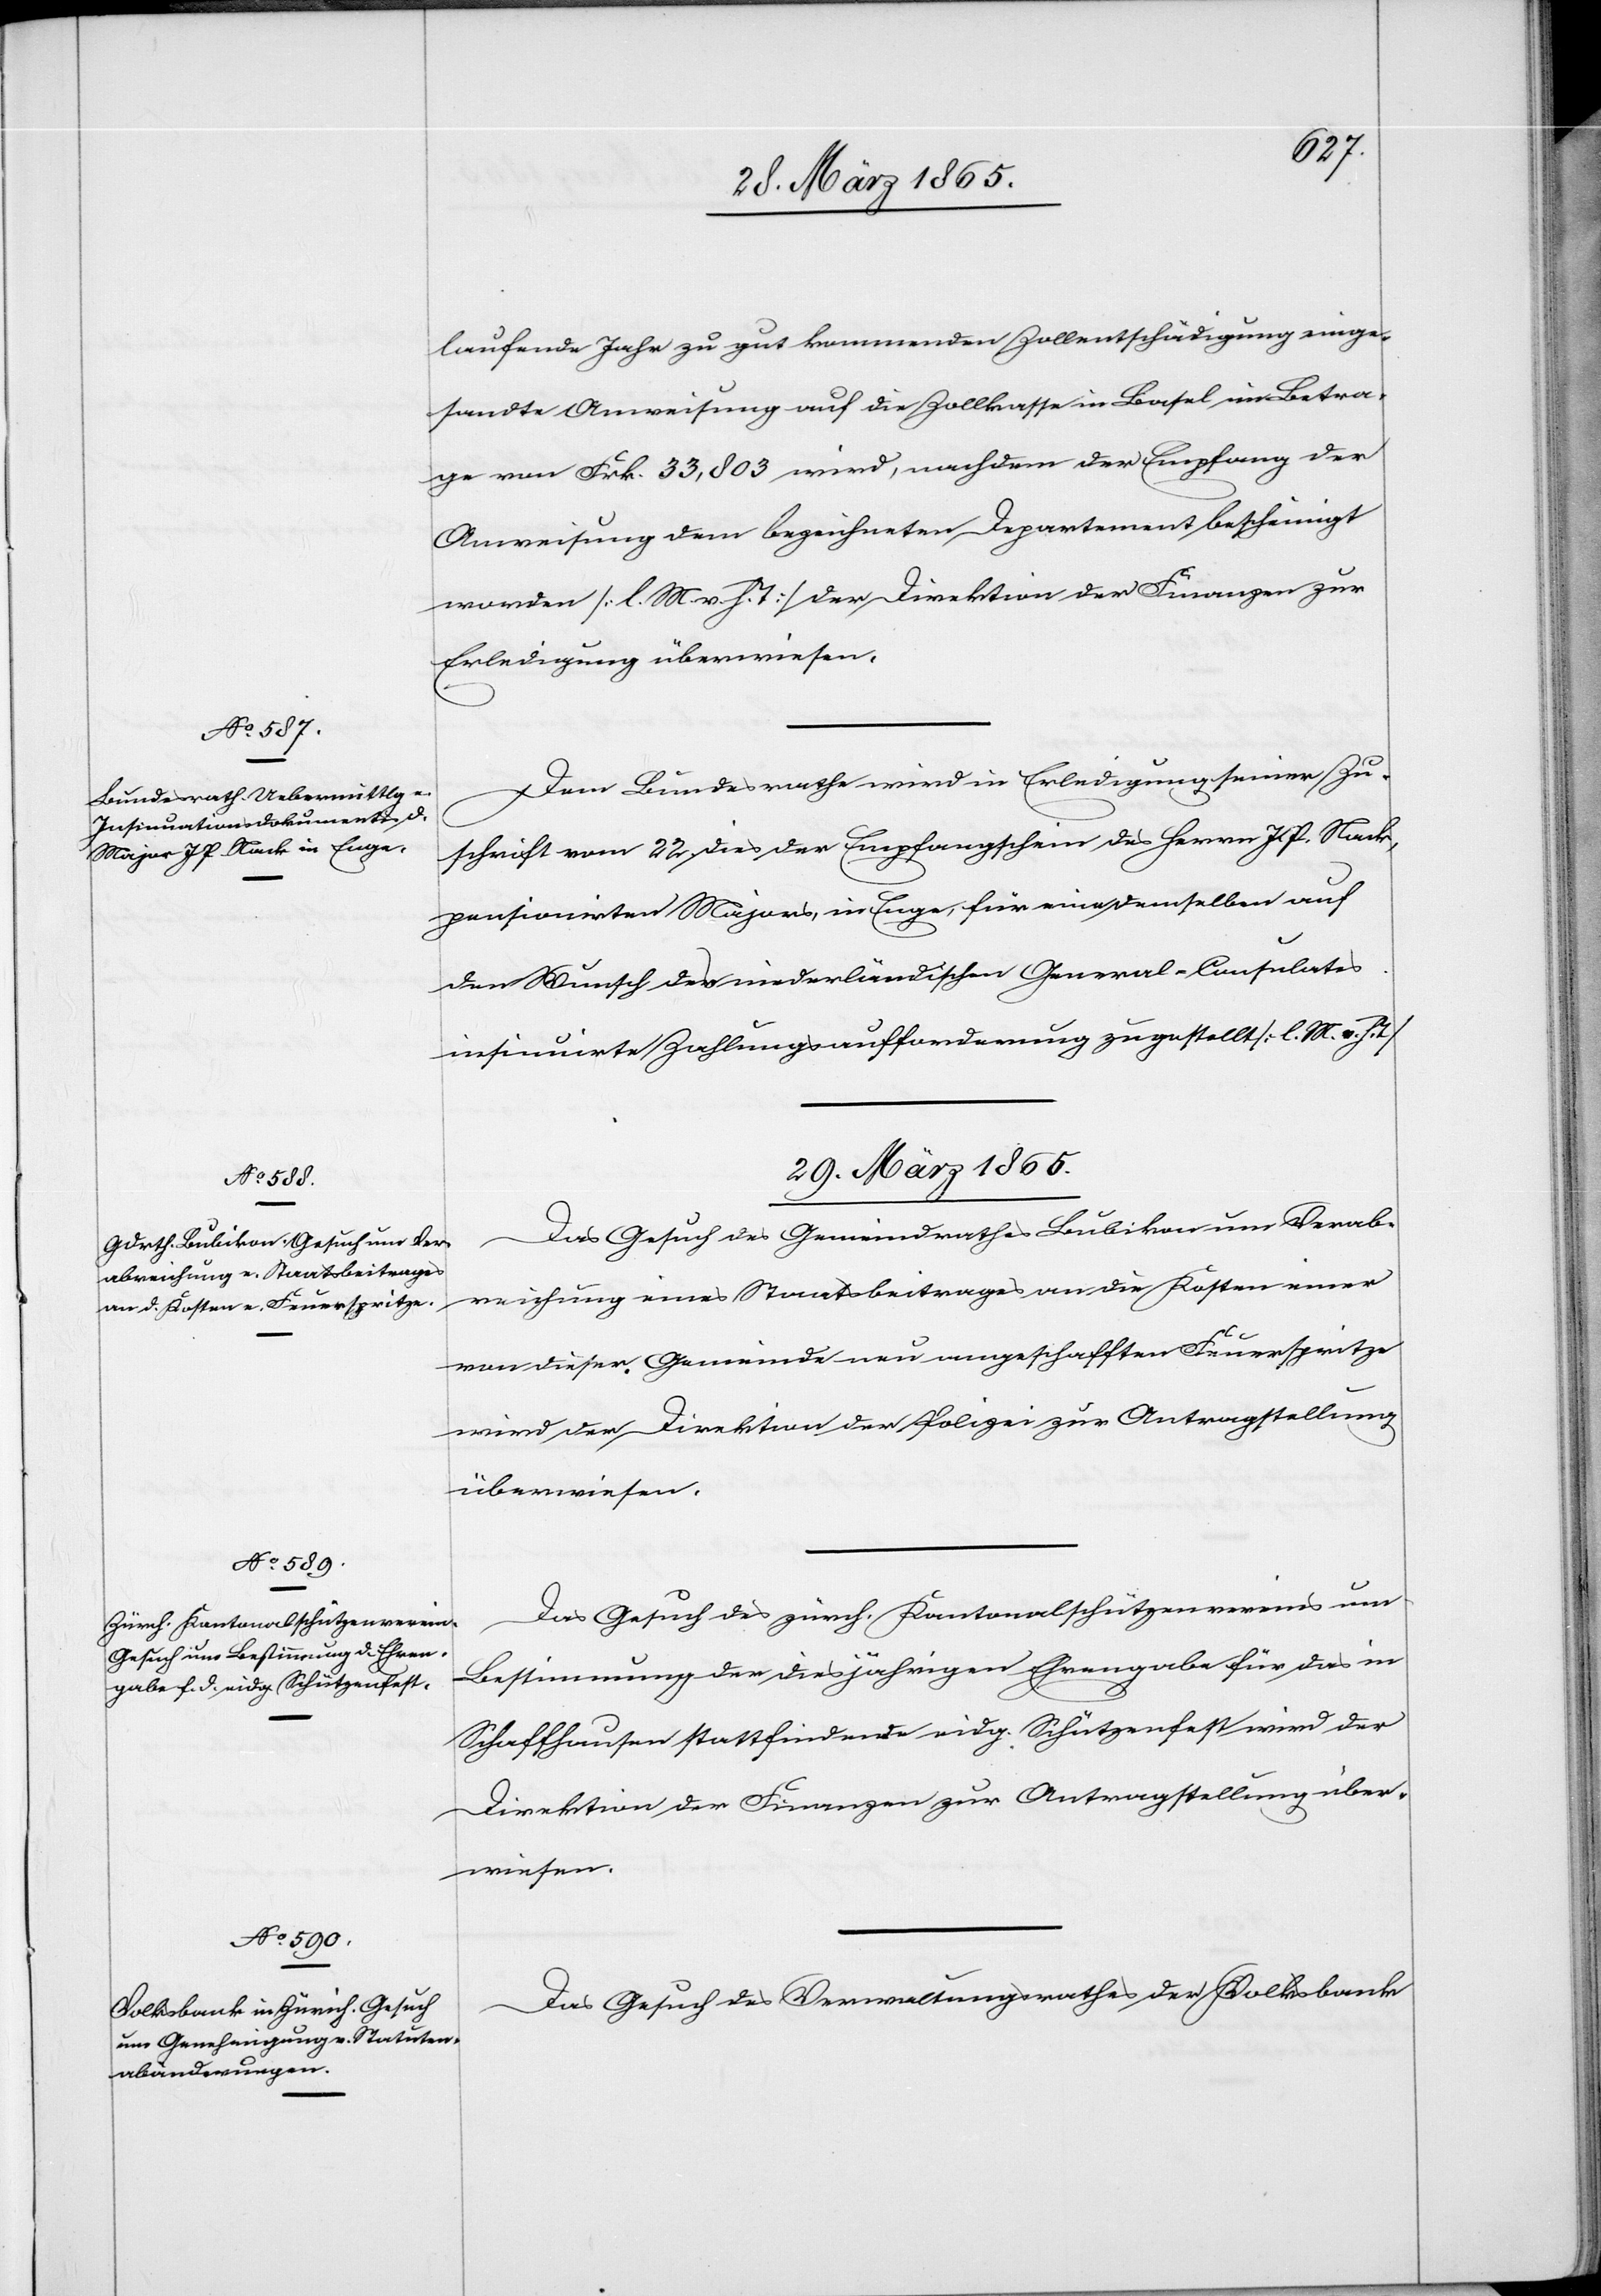
28. März 1865.]
laufende Jahr zu gut kommenden Zollentschädigung einge¬
sandte Anweisung auf die Zollkasse in Basel im Betra¬
ge von Frk. 33,803 wird, nachdem der Empfang der
Anweisung dem bezeichneten Departement bescheinigt
worden [l. M. v. h. T] der Direktion der Finanzen zur
Erledigung überwiesen.
Dem Bundesrathe wird in Erledigung seiner Zu¬
schrift vom 22. dies der Empfangschein des Herrn J P. Nach,
pensionirten Majors, in Enge, für eine demselben auf
den Wunsch des niederländischen General-Consulates
insinuirte Zahlungsaufforderung zugestellt [l. M. v. h. T]
29. März 1865.]
Das Gesuch des Gemeindrathes Bubikon um Verab¬
reichung eines Staatsbeitrages an die Kosten einer
von dieser Gemeinde neu angeschafften Feuerspritze
wird der Direktion der Polizei zur Antragstellung
überwiesen.
Das Gesuch des zürch. Kantonalschützenvereins um
Bestimmung der diesjährigen Ehrengabe für das in
Schaffhausen stattfindende eidg. Schützenfest wird der
Direktion der Finanzen zur Antragstellung über¬
wiesen.
Das Gesuch des Verwaltungsrathes der Volksbank